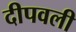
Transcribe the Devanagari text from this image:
दीपवली